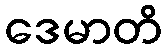
ဒေမာတိ